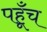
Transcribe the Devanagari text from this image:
पहूँच